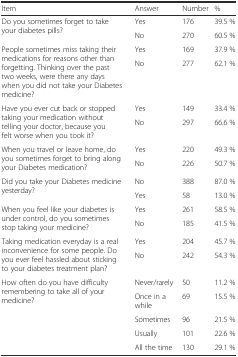
| Item | Answer | Number | % |
 | --- | --- | --- | --- |
 | <ROWSPAN=2> Do you sometimes forget to take your diabetes pills? | Yes | 176 | 39.5 % |
 | No | 270 | 60.5 % |
 | <ROWSPAN=2> People sometimes miss taking their medications for reasons other than forgetting. Thinking over the past two weeks, were there any days when you did not take your Diabetes medicine? | Yes | 169 | 37.9 % |
 | No | 277 | 62.1 % |
 | <ROWSPAN=2> Have you ever cut back or stopped taking your medication without telling your doctor, because you felt worse when you took it? | Yes | 149 | 33.4 % |
 | No | 297 | 66.6 % |
 | <ROWSPAN=2> When you travel or leave home, do you sometimes forget to bring along your Diabetes medication? | Yes | 220 | 49.3 % |
 | No | 226 | 50.7 % |
 | <ROWSPAN=2> Did you take your Diabetes medicine yesterday? | No | 388 | 87.0 % |
 | Yes | 58 | 13.0 % |
 | <ROWSPAN=2> When you feel like your diabetes is under control, do you sometimes stop taking your medicine? | Yes | 261 | 58.5 % |
 | No | 185 | 41.5 % |
 | <ROWSPAN=2> Taking medication everyday is a real inconvenience for some people. Do you ever feel hassled about sticking to your diabetes treatment plan? | Yes | 204 | 45.7 % |
 | No | 242 | 54.3 % |
 | <ROWSPAN=5> How often do you have difficulty remembering to take all of your medicine? | Never/rarely | 50 | 11.2 % |
 | Once in a while | 69 | 15.5 % |
 | Sometimes | 96 | 21.5 % |
 | Usually | 101 | 22.6 % |
 | All the time | 130 | 29.1 % |